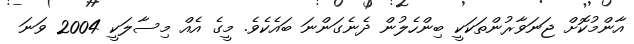
އާންމުކޮށް ޖަނަވާރުންތަކަކީ ބިންހެލުން ދެނެގަންނަ ބައެކެވެ. މީގެ އެއް މިސާލަކީ 2004 ވަނަ